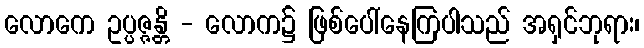
လောကေ ဥပ္ပဇ္ဇန္တိ - လောက၌ ဖြစ်ပေါ်နေကြပါသည် အရှင်ဘုရား၊